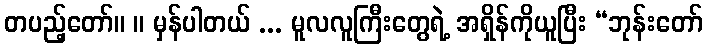
တပည့်တော်။ ။ မှန်ပါတယ် ... မူလလူကြီးတွေရဲ့ အရှိန်ကိုယူပြီး “ဘုန်းတော်